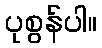
ပုစွန်ပါ။